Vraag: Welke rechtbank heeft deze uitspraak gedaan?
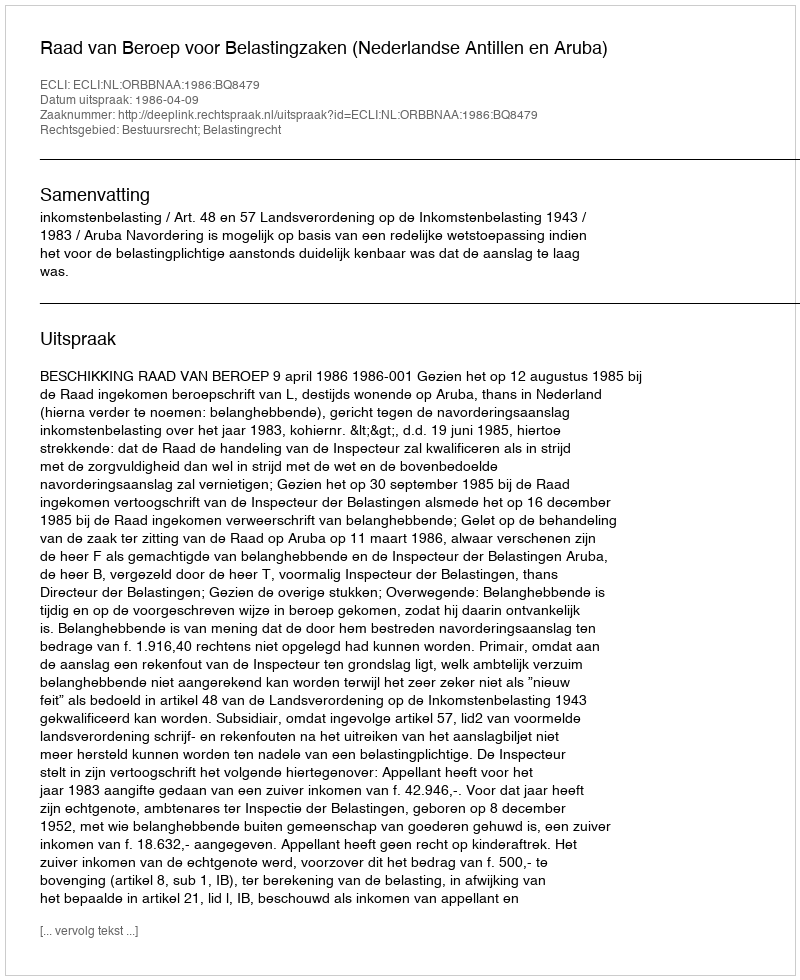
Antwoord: Raad van Beroep voor Belastingzaken (Nederlandse Antillen en Aruba)